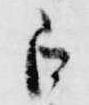
白